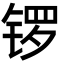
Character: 锣